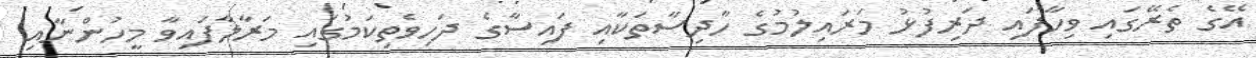
އޭގެ ތެރޭގައި ވިހާފައި ދަރިފުޅު މަރައިލުމުގެ ހާދިސާތަކާއި ފައިސާގެ ދަހިވެތިކަމުގައި މަރާލާފައިވާ މީހުންނާއި